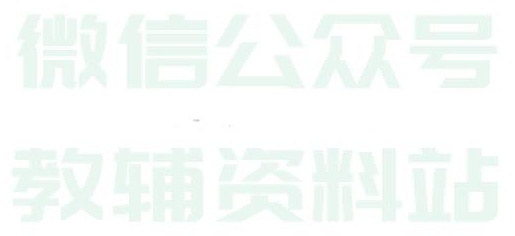
微信公众号
教辅资料站